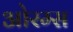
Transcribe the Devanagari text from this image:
ओरम्स